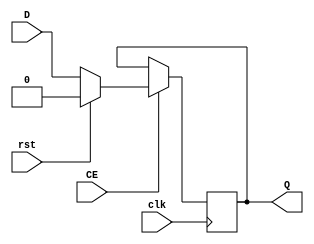
module LOGIC_INPUT(D,clk,CE,Q,rst);
parameter WIDTH=1;
parameter DREG=1;
parameter RSTTYPE="SYNC";
input [WIDTH-1:0] D; 
input clk,rst,CE;
output reg [WIDTH-1:0] Q;
generate
	if(DREG) begin
			if(RSTTYPE == "SYNC") begin
				always @(posedge clk) begin
					if(CE) begin
						if (rst) begin
							Q <= 0;
						end
						else begin
							Q <= D;
						end
					end
				end
			end
			else if (RSTTYPE == "ASYNC") begin
				always @(posedge clk or posedge rst) begin
					if (rst) begin
						Q <= 0;
					end
					else if(CE) begin
						Q <= D;
					end
				end
			end
	end
	else begin
		always @(*) begin
			Q = D;
		end
	end
	
endgenerate
endmodule